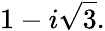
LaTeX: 1-i{\sqrt{3}}.